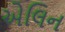
એલિન